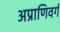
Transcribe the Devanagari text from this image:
अप्राणिवर्ग